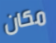
مكان